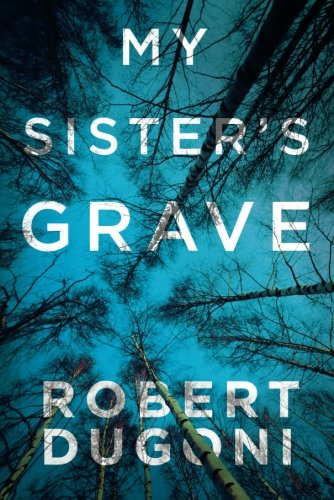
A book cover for My Sister's Grave (The Tracy Crosswhite Series); Robert Dugoni; Mystery, Thriller & Suspense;